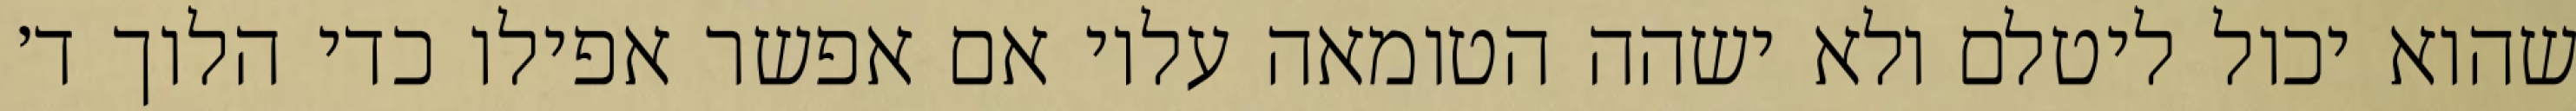
שהוא יכול ליטלם ולא ישהה הטומאה עליו אם אפשר אפילו כדי הלוך ד׳